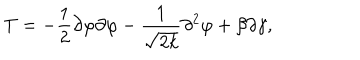
T = - \frac { 1 } { 2 } \partial \varphi \partial \varphi - \frac { 1 } { \sqrt { 2 k } } \partial ^ { 2 } \varphi + \beta \partial \gamma ,